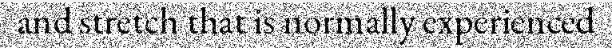
and stretch that is normally experienced